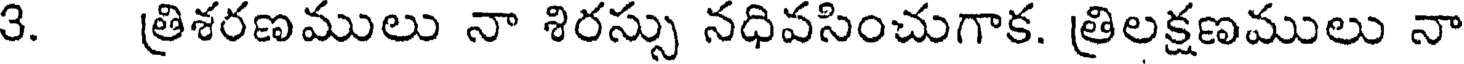
3. త్రిశరణములు నా శిరస్సు నధివసించుగాక. త్రిలక్షణములు నా